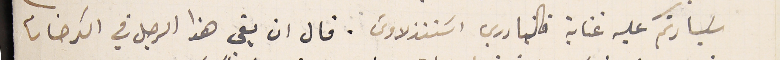
سَيادتكم عليه عناية فالبادري اسَتنذلاوسَ. قال ان بقى هذا الرجل في الكرخانا